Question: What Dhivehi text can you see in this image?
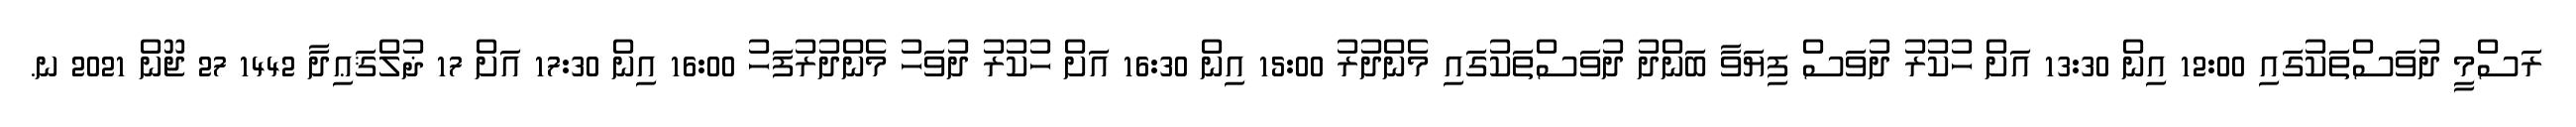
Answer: ރަސްމީ ދުވަސްތަކުގައި 12:00 އިން 13:30 އަށް ހުކުރު ދުވަސް ފިޔަވާ ބަންދު ދުވަސްތަކުގައި މެންދުރު 15:00 އިން 16:30 އަށް ހުކުރު ދުވަހު މެންދުރުފަހު 16:00 އިން 17:30 އަށް 17 ޛުލްޤަޢިދާ 1442 27 ޖޫން 2021 ނ.